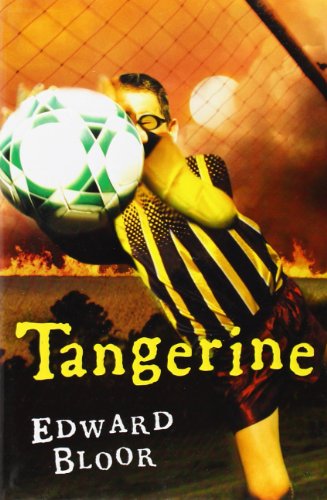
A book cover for Tangerine; Edward Bloor; Children's Books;